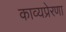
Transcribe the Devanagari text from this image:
काव्यप्रेरणा